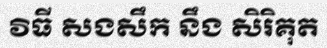
វិធី សងសឹក នឹង សិរិគុត